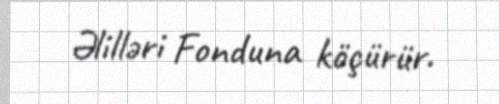
Əlilləri Fonduna köçürür.